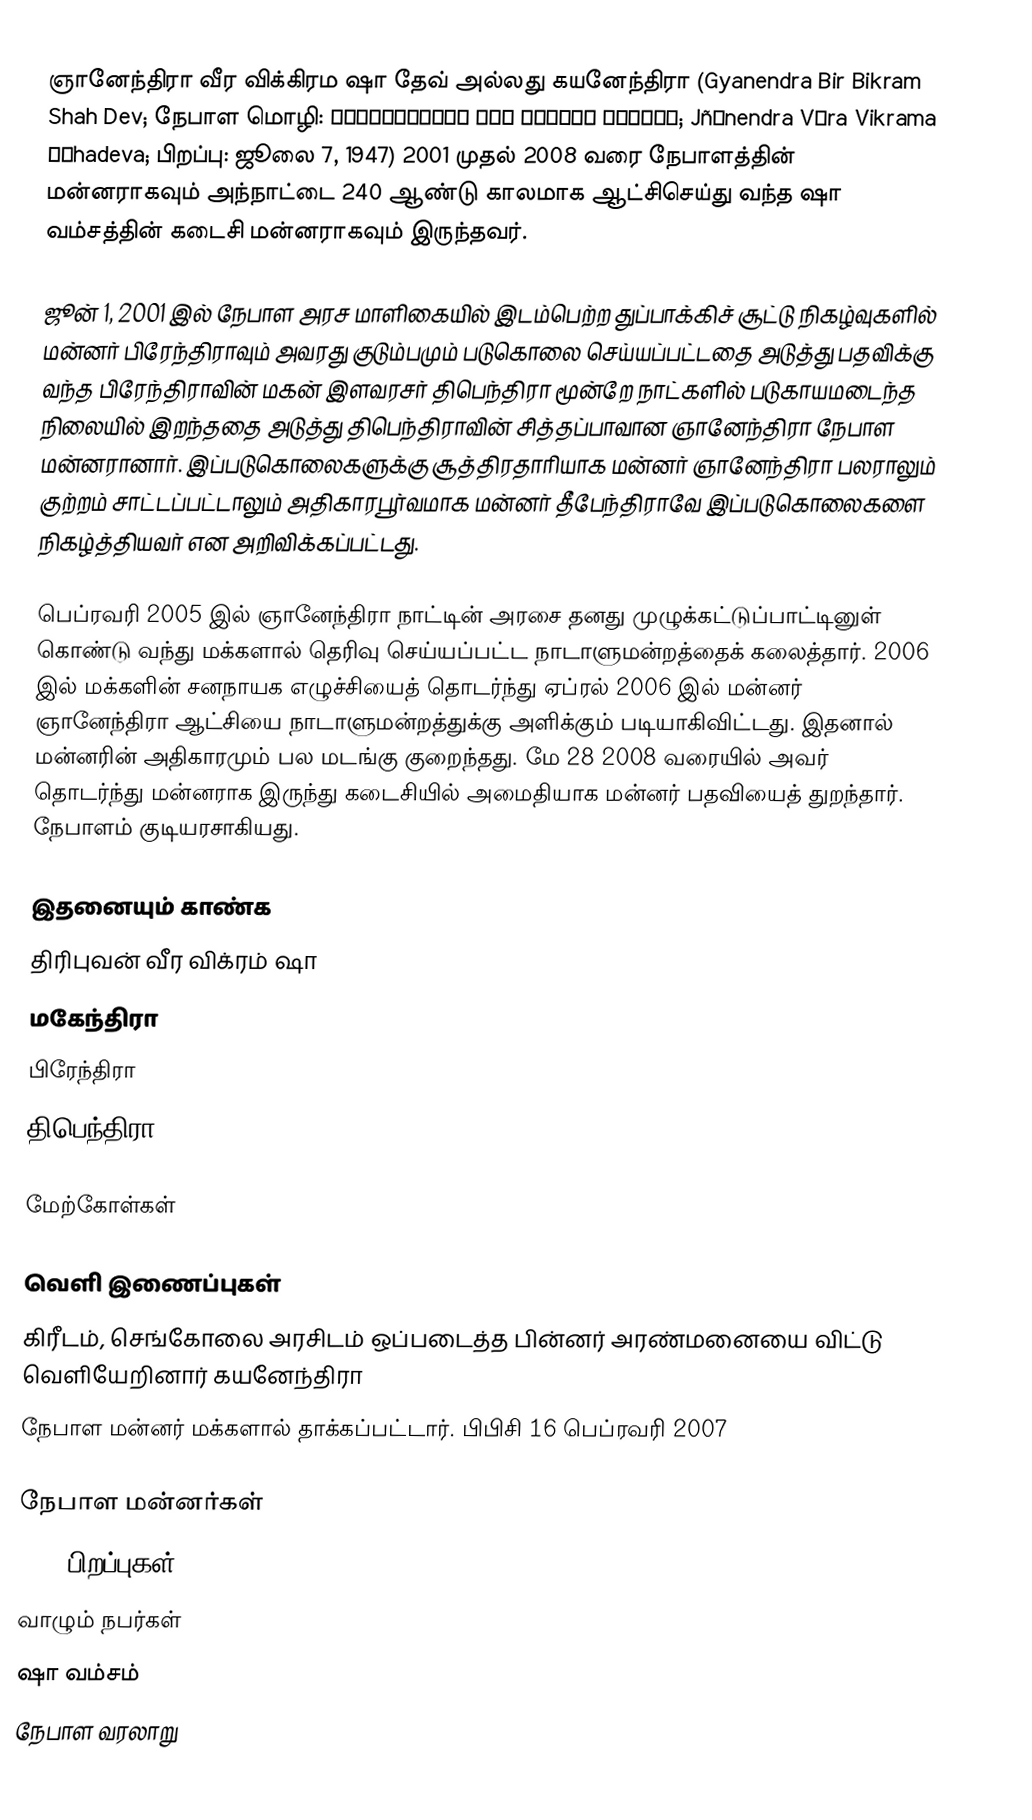
ஞானேந்திரா வீர விக்கிரம ஷா தேவ் அல்லது கயனேந்திரா (Gyanendra Bir Bikram Shah Dev; நேபாள மொழி: ज्ञानेन्द्र वीर बिक्रम शाहदेव; Jñānendra Vīra Vikrama Śāhadeva; பிறப்பு: ஜூலை 7, 1947) 2001 முதல் 2008 வரை நேபாளத்தின் மன்னராகவும் அந்நாட்டை 240 ஆண்டு காலமாக ஆட்சிசெய்து வந்த ஷா வம்சத்தின் கடைசி மன்னராகவும் இருந்தவர்.

ஜூன் 1, 2001 இல் நேபாள அரச மாளிகையில் இடம்பெற்ற துப்பாக்கிச் சூட்டு நிகழ்வுகளில் மன்னர் பிரேந்திராவும் அவரது குடும்பமும் படுகொலை செய்யப்பட்டதை அடுத்து பதவிக்கு வந்த பிரேந்திராவின் மகன் இளவரசர் திபெந்திரா மூன்றே நாட்களில் படுகாயமடைந்த நிலையில் இறந்ததை அடுத்து திபெந்திராவின் சித்தப்பாவான ஞானேந்திரா நேபாள மன்னரானார். இப்படுகொலைகளுக்கு சூத்திரதாரியாக மன்னர் ஞானேந்திரா பலராலும் குற்றம் சாட்டப்பட்டாலும் அதிகாரபூர்வமாக மன்னர் தீபேந்திராவே இப்படுகொலைகளை நிகழ்த்தியவர் என அறிவிக்கப்பட்டது.

பெப்ரவரி 2005 இல் ஞானேந்திரா நாட்டின் அரசை தனது முழுக்கட்டுப்பாட்டினுள் கொண்டு வந்து மக்களால் தெரிவு செய்யப்பட்ட நாடாளுமன்றத்தைக் கலைத்தார். 2006 இல் மக்களின் சனநாயக எழுச்சியைத் தொடர்ந்து ஏப்ரல் 2006 இல் மன்னர் ஞானேந்திரா ஆட்சியை நாடாளுமன்றத்துக்கு அளிக்கும் படியாகிவிட்டது. இதனால் மன்னரின் அதிகாரமும் பல மடங்கு குறைந்தது. மே 28 2008 வரையில் அவர் தொடர்ந்து மன்னராக இருந்து கடைசியில் அமைதியாக மன்னர் பதவியைத் துறந்தார்.  நேபாளம் குடியரசாகியது.

இதனையும் காண்க
 திரிபுவன் வீர விக்ரம் ஷா
 மகேந்திரா
 பிரேந்திரா
 திபெந்திரா

மேற்கோள்கள்

வெளி இணைப்புகள்
 கிரீடம், செங்கோலை அரசிடம் ஒப்படைத்த பின்னர் அரண்மனையை விட்டு வெளியேறினார் கயனேந்திரா
 நேபாள மன்னர் மக்களால் தாக்கப்பட்டார். பிபிசி 16 பெப்ரவரி 2007

நேபாள மன்னர்கள்
1947 பிறப்புகள்
வாழும் நபர்கள்
ஷா வம்சம்
நேபாள வரலாறு